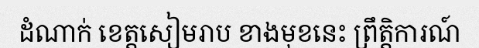
ដំណាក់ ខេត្តសៀមរាប ខាងមុខនេះ ព្រឹត្តិការណ៍